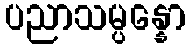
ပညာသမ္ပန္နော